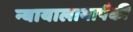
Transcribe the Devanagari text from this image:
न्यायालायापैकी